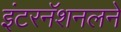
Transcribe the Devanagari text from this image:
इंटरनॅशनलने